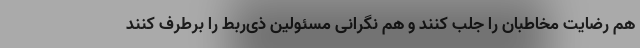
هم رضایت مخاطبان را جلب کنند و هم نگرانی مسئولین ذی‌ربط را برطرف کنند